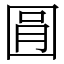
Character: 㘣